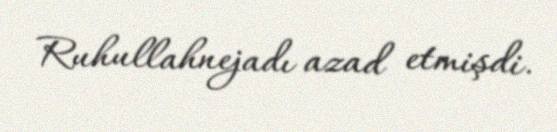
Ruhullahnejadı azad etmişdi.